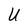
Character: U